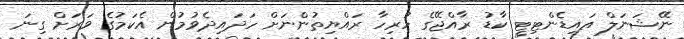
ނޭޝަނަލް އައިޑެންޓިޓީ ކާޑު ރާއްޖޭގެ ހުރިހާ ރައްޔިތުންނަށް ހަދައިދެވުމުން އެކަމުގެ ވަރަށް ގިނަ